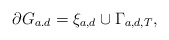
\begin{align*}\partial G_{a.d}=\xi _{a,d}\cup \Gamma _{a,d,T}, \end{align*}